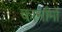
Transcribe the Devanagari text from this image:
कार्नामों